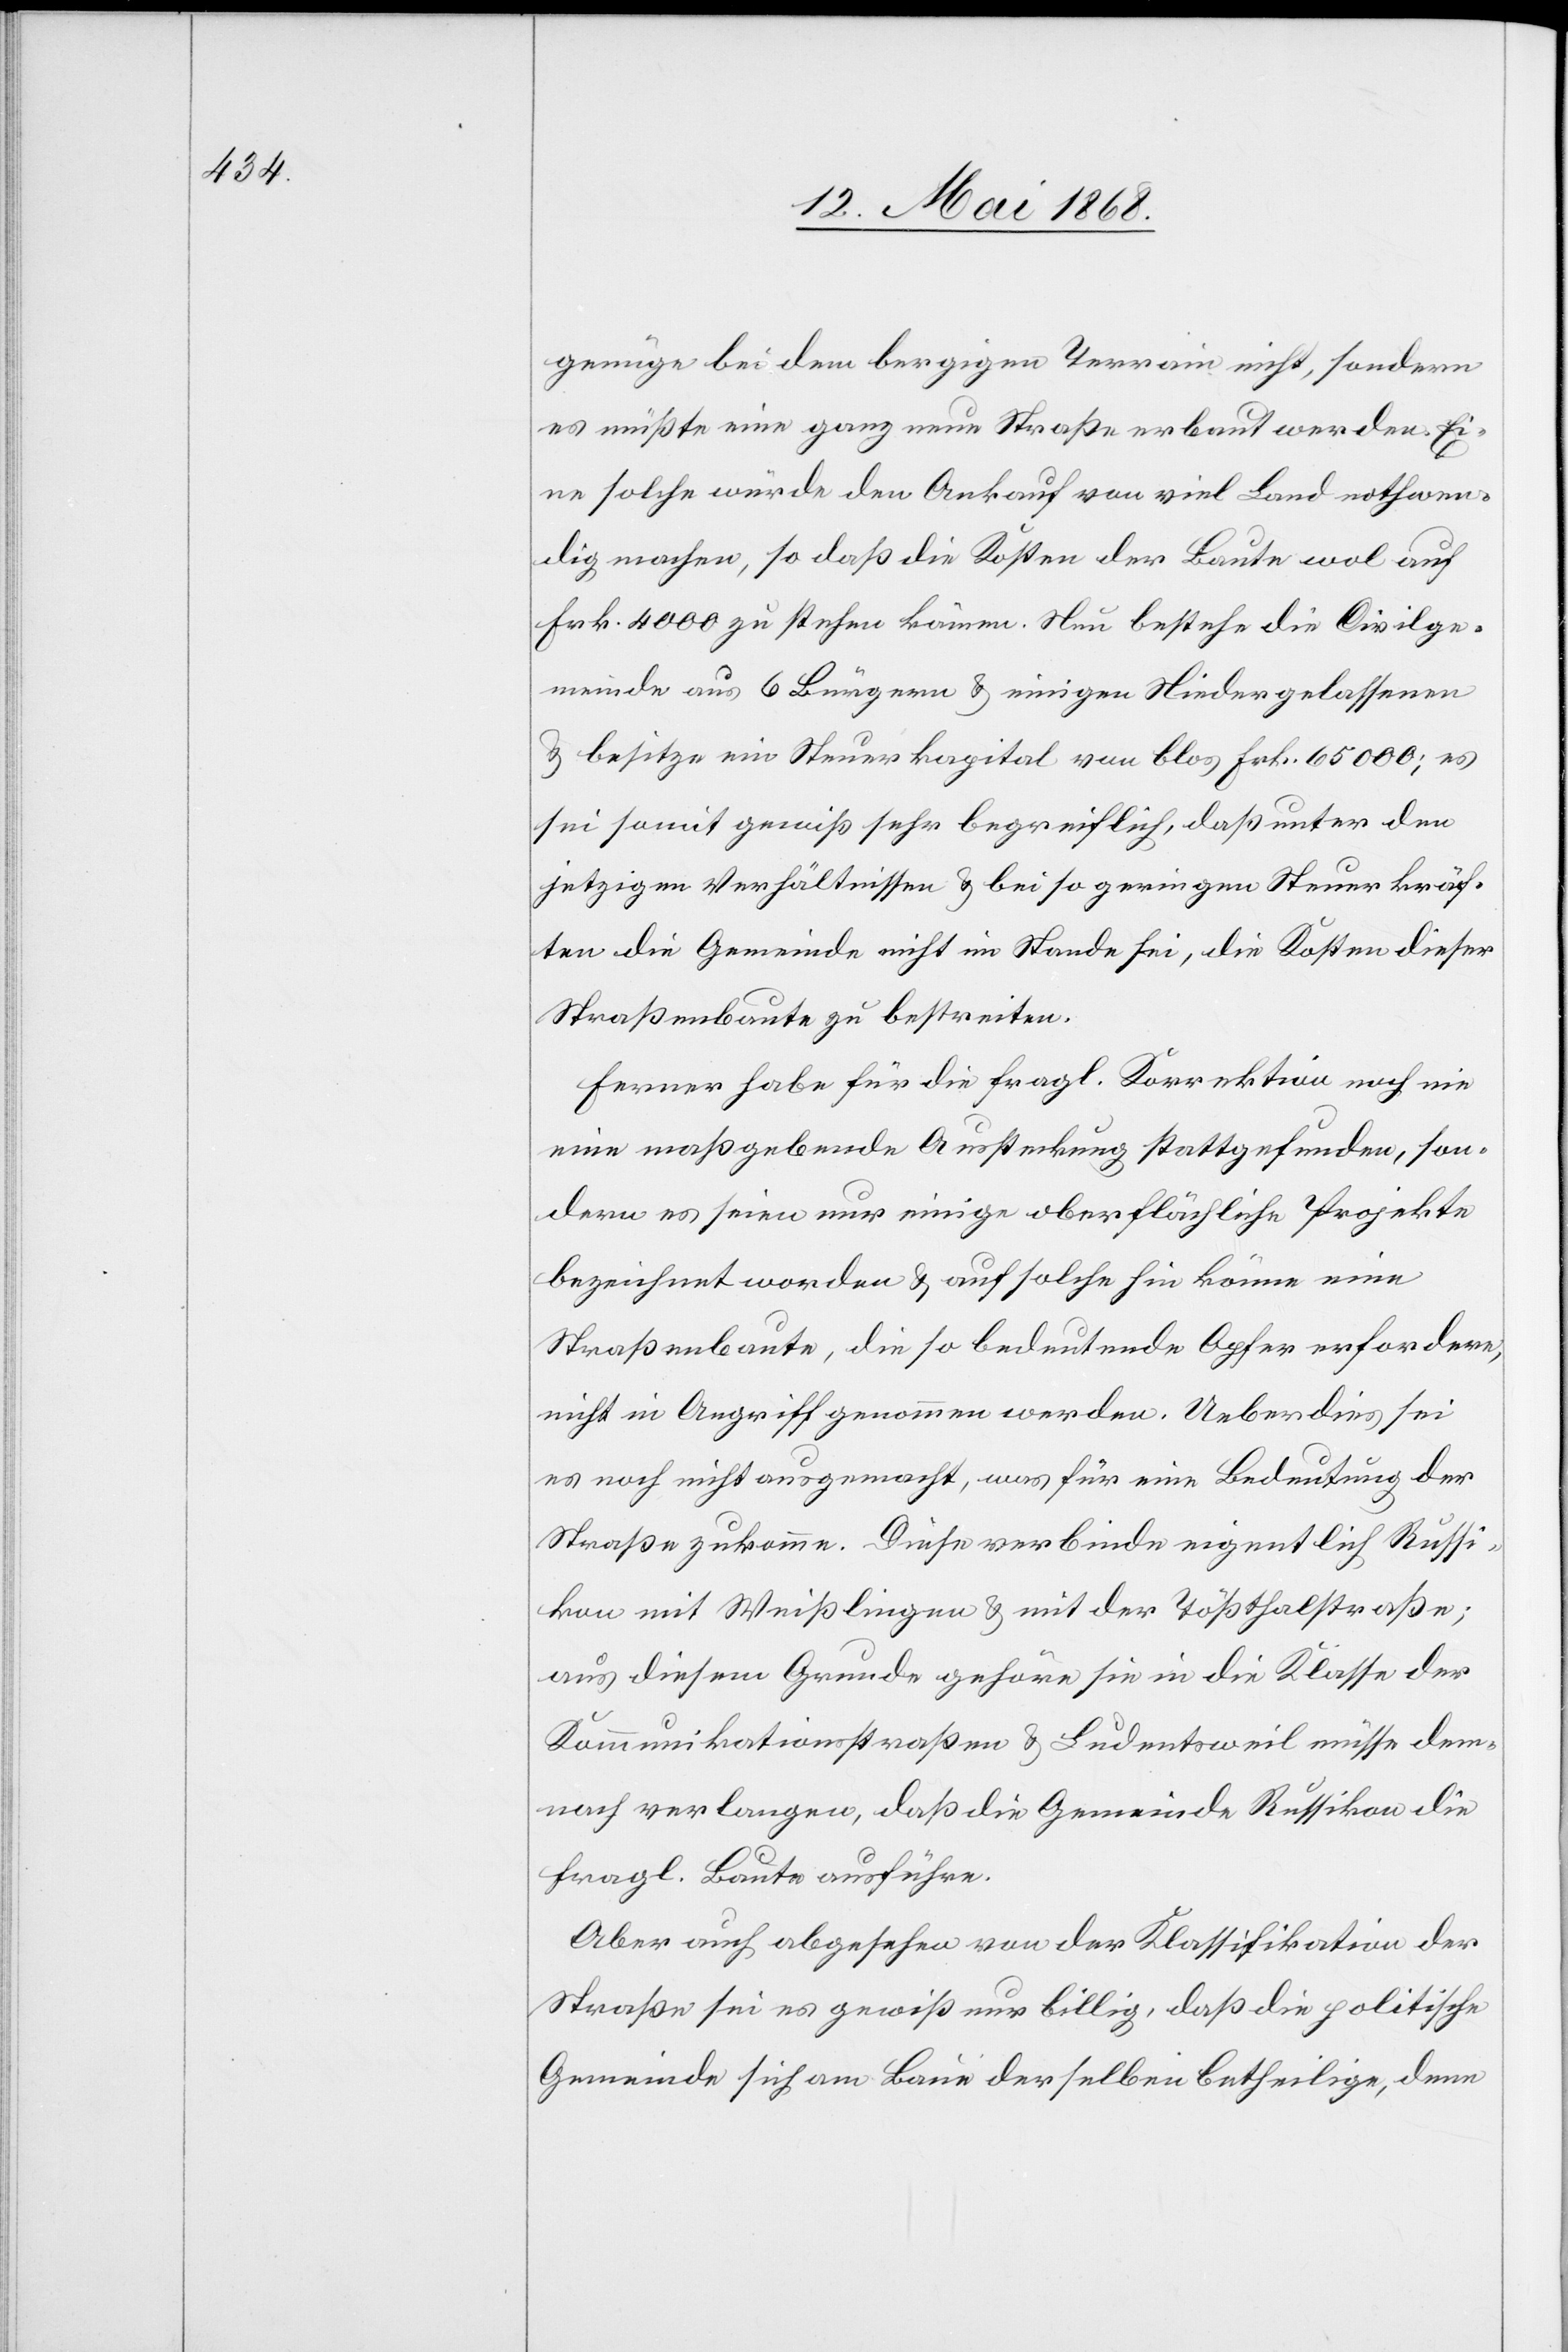
genüge bei dem bergigen Terrain nicht, sondern
es müßte eine ganz neue Straße erbaut werden. Ei¬
ne solche würde den Ankauf von viel Land nothwen¬
dig machen, so daß die Kosten der Baute wol auf
Frk. 4000 zu stehen kämen. Nun bestehe die Civilge¬
meinde aus 6 Bürgern & einigen Niedergelassenen
& besitze ein Steuerkapital von blos Frk. 65 000; es
sei somit gewiß sehr begreiflich, daß unter den
jetzigen Verhältnissen & bei so geringen Steuerkräf¬
ten die Gemeinde nicht im Stande sei, die Kosten dieser
Straßenbaute zu bestreiten.
Ferner habe für die fragl. Korrektion noch nie
eine maßgebende Aussteckung stattgefunden, son¬
dern es seien nur einige oberflächliche Projekte
bezeichnet worden & auf solche hin könne eine
Straßenbaute, die so bedeutende Opfer erfordere,
nicht in Angriff genommen werden. Ueberdies sei
es noch nicht ausgemacht, was für eine Bedeutung der
Straße zukomme. Diese verbinde eigentlich Russi¬
kon mit Weißlingen & mit der Tößthalstraße;
aus diesem Grunde gehöre sie in die Klasse der
Kommunikationsstraßen & Ludentsweil müsse dem¬
nach verlangen, daß die Gemeinde Russikon die
fragl. Baute ausführe.
Aber auch abgesehen von der Klassifikation der
Straße sei es gewiß nur billig, daß die politische
Gemeinde sich am Baue derselben betheilige, denn